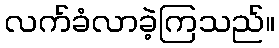
လက်ခံလာခဲ့ကြသည်။